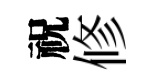
祝修